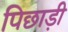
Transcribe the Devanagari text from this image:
पिछाड़ी